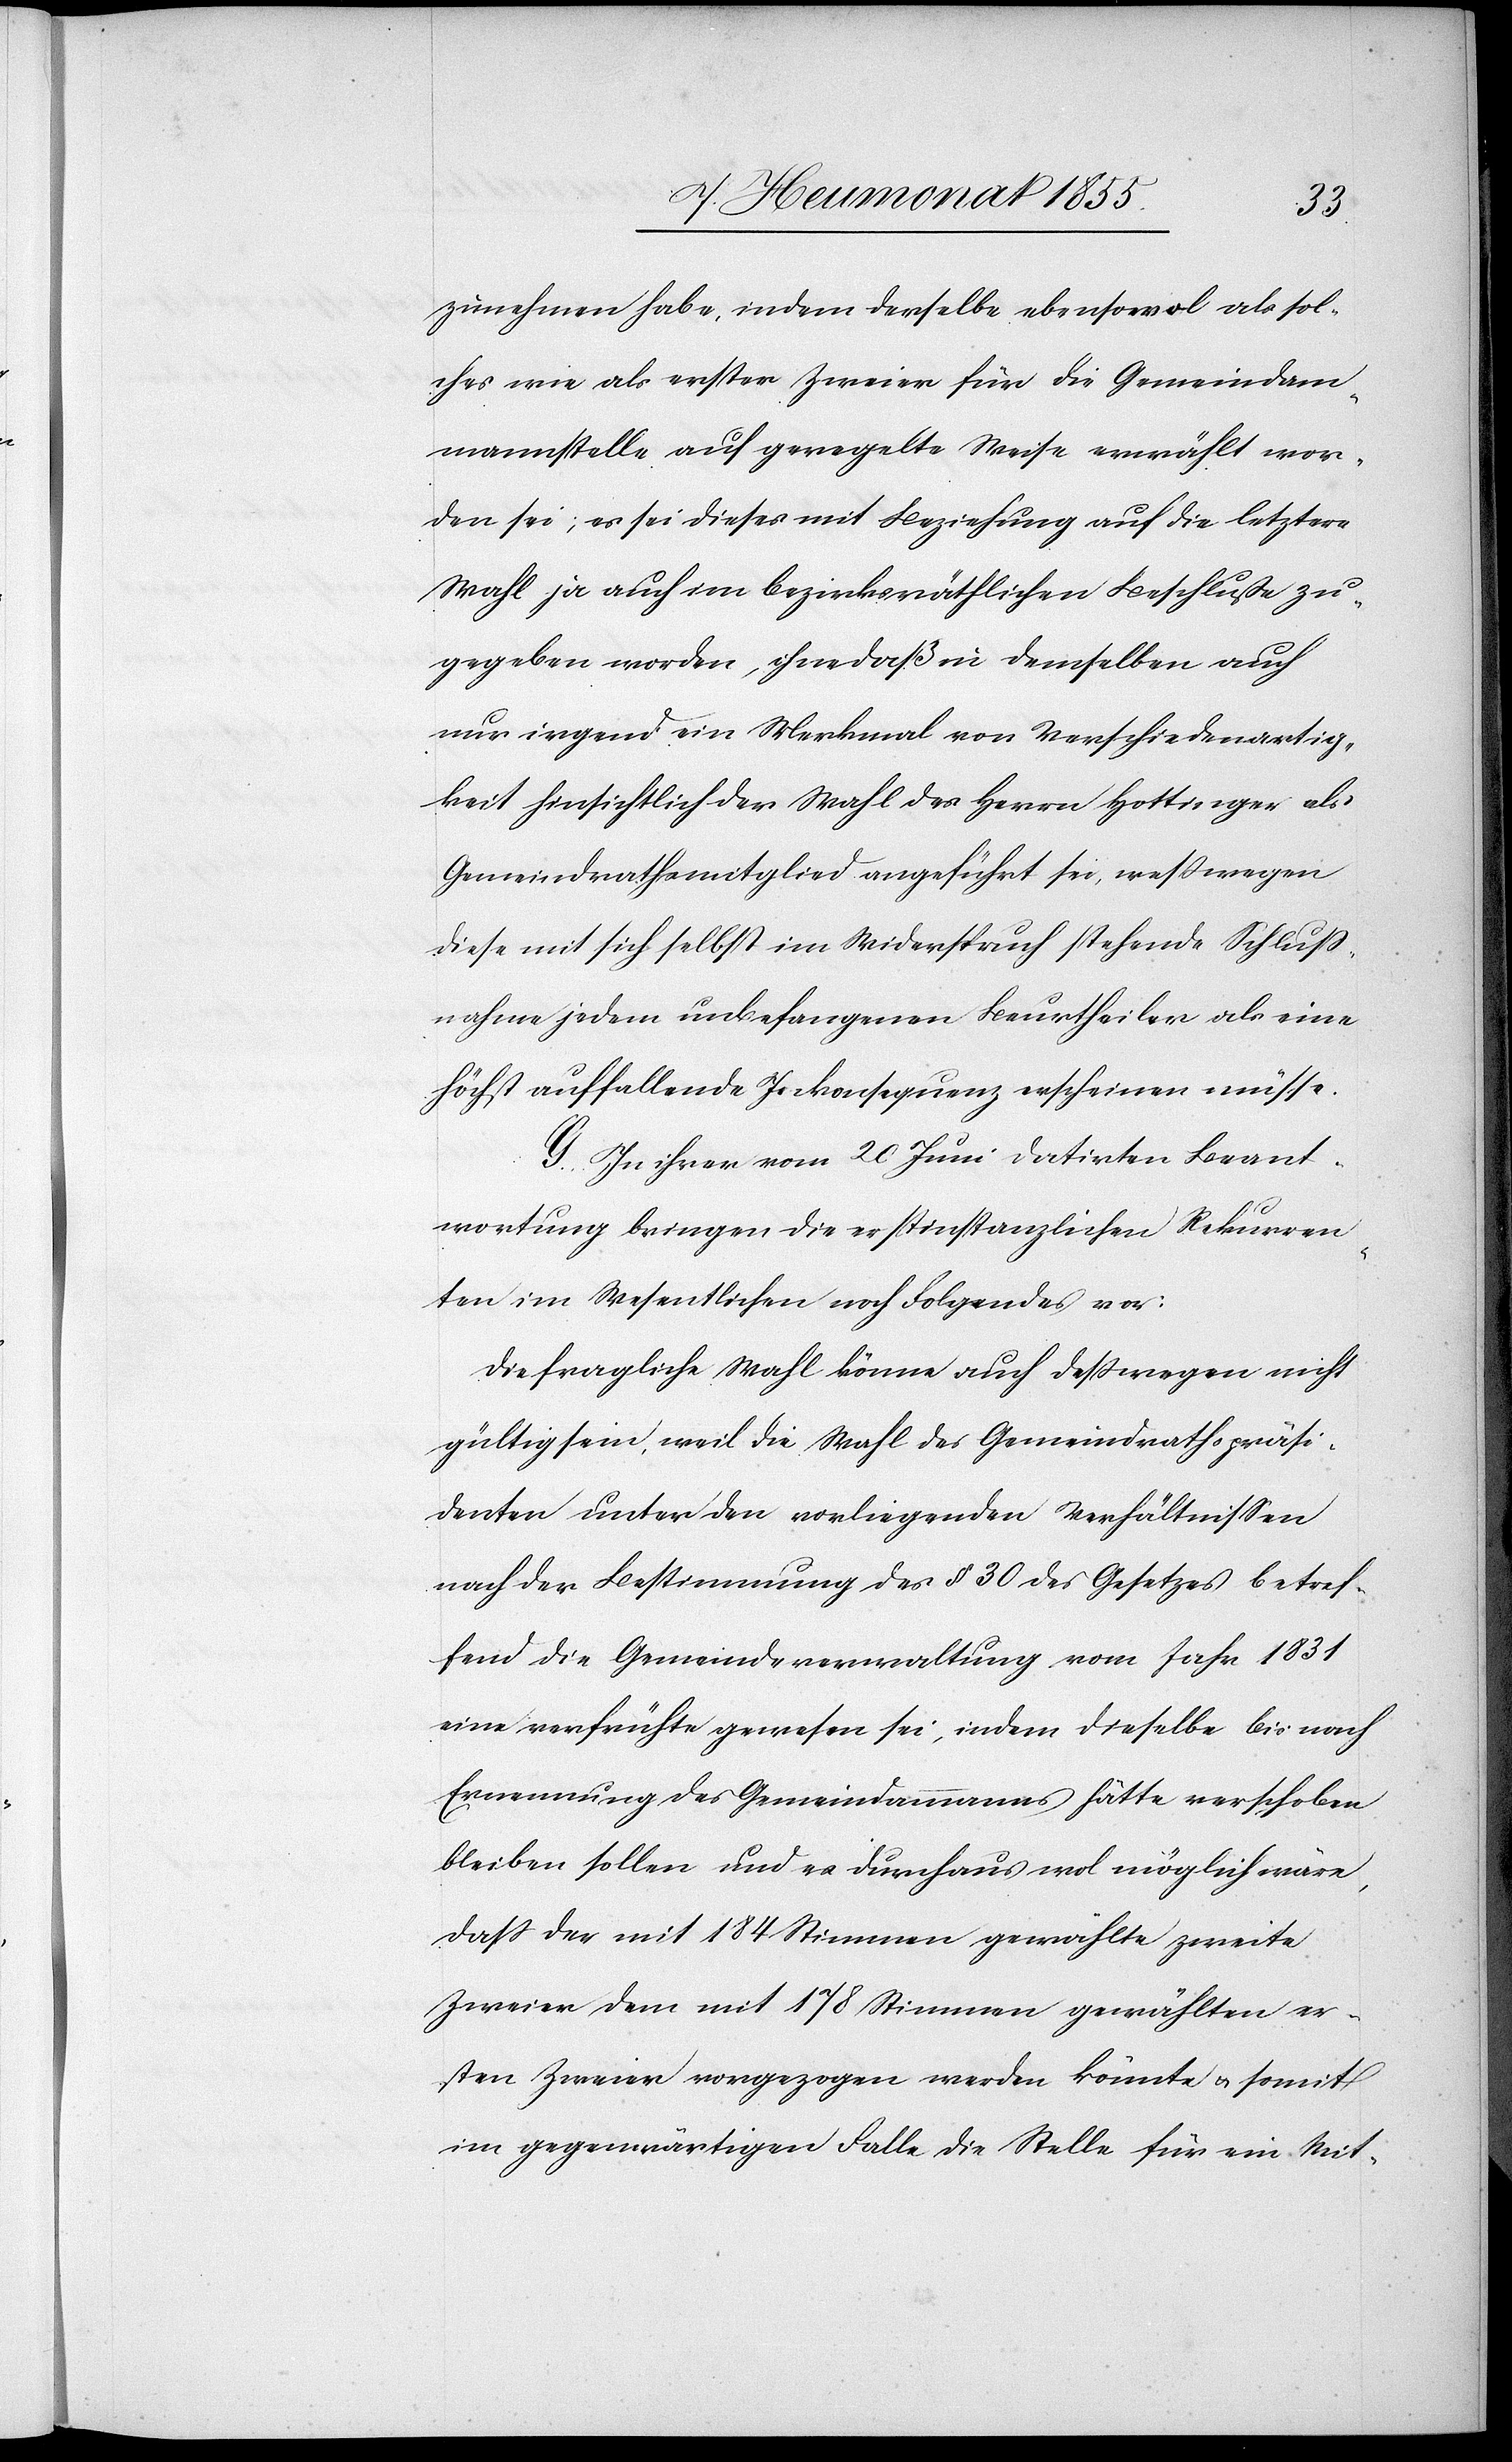
zunehmen habe, indem derselbe ebensowol als sol¬
ches wie als erster Zweier für die Gemeindam¬
mannstelle auf geregelte Weise erwählt wor¬
den sei; es sei dieses mit Beziehung auf die letztere
Wahl ja auch im bezirksräthlichen Beschluße zu¬
gegeben worden, ohne daß in demselben auch
nur irgend ein Merkmal von Verschiedenartig¬
keit hinsichtlich der Wahl des Herrn Hottinger als
Gemeindrathsmitglied angeführt sei, wesswegen
diese mit sich selbst im Widerspruch stehende Schluss¬
nahme jedem unbefangenen Beurtheiler als eine
höchst auffallende Inkonsequenz erscheinen müsse.
G. In ihrer vom 20 Juni datirten Beant¬
wortung bringen die erstinstanzlichen Rekurren¬
ten im Wesentlichen noch Folgendes vor:
Die fragliche Wahl könne auch desswegen nicht
gültig sein, weil die Wahl des Gemeindrathspräsi¬
denten unter den vorliegenden Verhältnissen
nach der Bestimmung des § 30 des Gesetzes betref¬
fend die Gemeindeverwaltung vom Jahr 1831
eine verfrühte gewesen sei, indem dieselbe bis nach
Ernennung des Gemeindammanns hätte verschoben
bleiben sollen und es durchaus wol möglich wäre,
dass der mit 184 Stimmen gewählte zweite
Zweier dem mit 178 Stimmen gewählten er¬
sten Zweier vorgezogen werden könnte & somit
im gegenwärtigen Falle die Stelle für ein Mit-